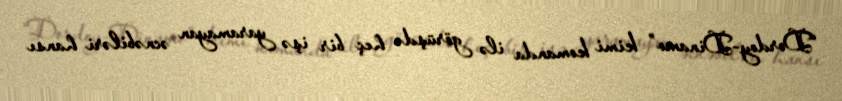
“Dordoy-Dinamo” kimi komanda ilə görüşdə heç bir işə yaramayan əcnəbiləri hansı